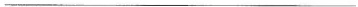
___